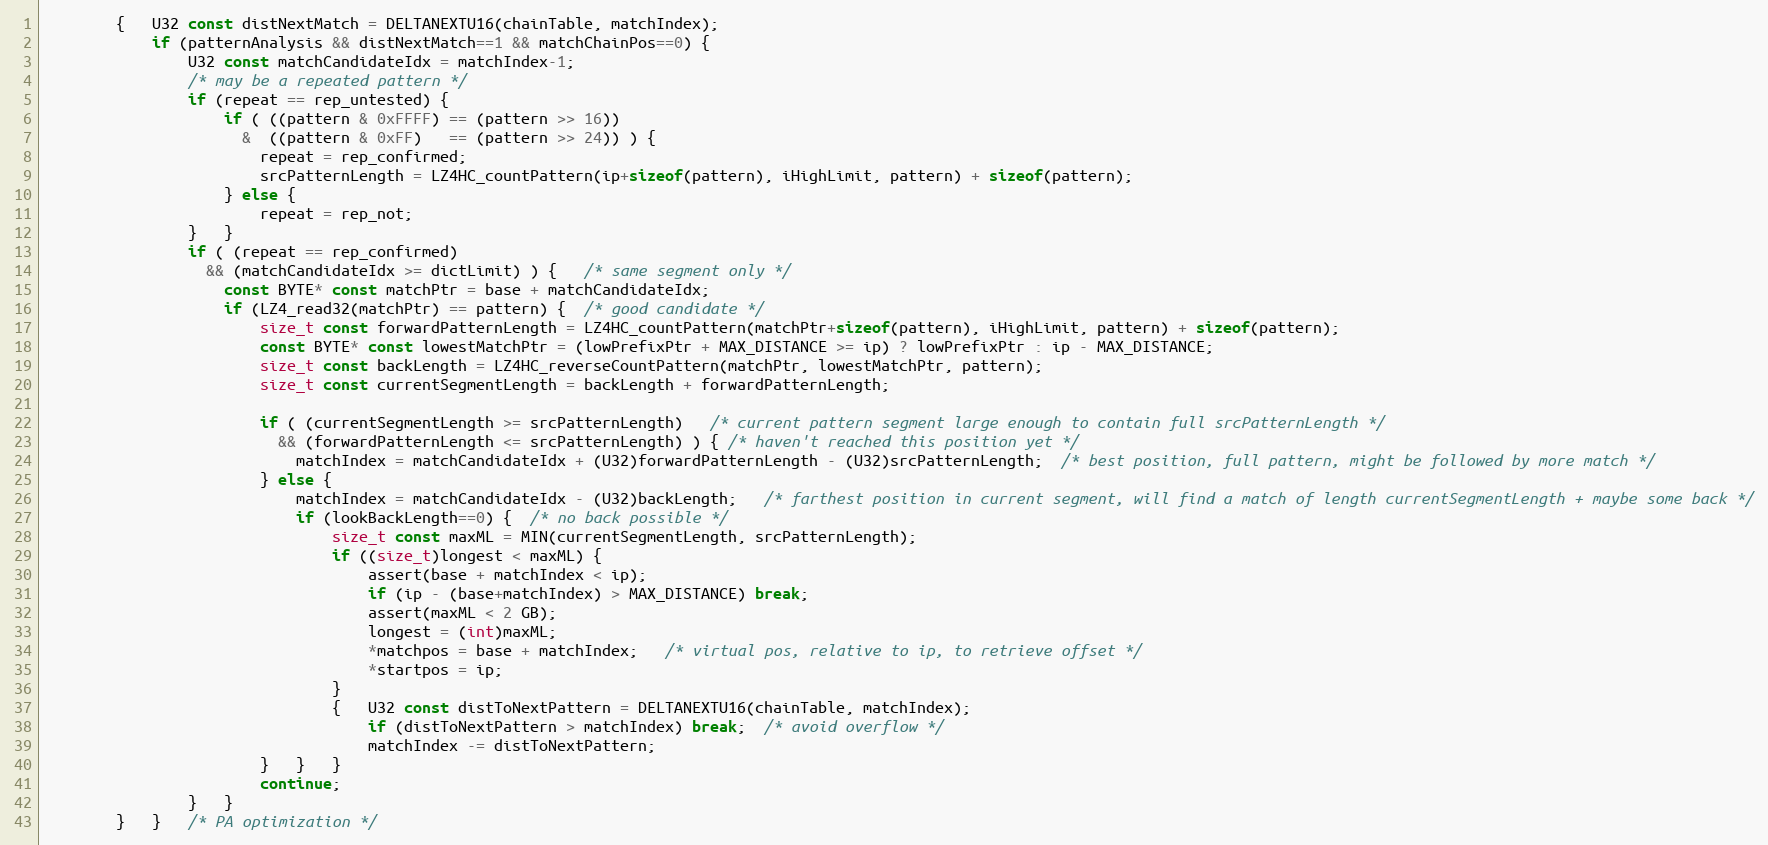
Language: C
        {   U32 const distNextMatch = DELTANEXTU16(chainTable, matchIndex);
            if (patternAnalysis && distNextMatch==1 && matchChainPos==0) {
                U32 const matchCandidateIdx = matchIndex-1;
                /* may be a repeated pattern */
                if (repeat == rep_untested) {
                    if ( ((pattern & 0xFFFF) == (pattern >> 16))
                      &  ((pattern & 0xFF)   == (pattern >> 24)) ) {
                        repeat = rep_confirmed;
                        srcPatternLength = LZ4HC_countPattern(ip+sizeof(pattern), iHighLimit, pattern) + sizeof(pattern);
                    } else {
                        repeat = rep_not;
                }   }
                if ( (repeat == rep_confirmed)
                  && (matchCandidateIdx >= dictLimit) ) {   /* same segment only */
                    const BYTE* const matchPtr = base + matchCandidateIdx;
                    if (LZ4_read32(matchPtr) == pattern) {  /* good candidate */
                        size_t const forwardPatternLength = LZ4HC_countPattern(matchPtr+sizeof(pattern), iHighLimit, pattern) + sizeof(pattern);
                        const BYTE* const lowestMatchPtr = (lowPrefixPtr + MAX_DISTANCE >= ip) ? lowPrefixPtr : ip - MAX_DISTANCE;
                        size_t const backLength = LZ4HC_reverseCountPattern(matchPtr, lowestMatchPtr, pattern);
                        size_t const currentSegmentLength = backLength + forwardPatternLength;

                        if ( (currentSegmentLength >= srcPatternLength)   /* current pattern segment large enough to contain full srcPatternLength */
                          && (forwardPatternLength <= srcPatternLength) ) { /* haven't reached this position yet */
                            matchIndex = matchCandidateIdx + (U32)forwardPatternLength - (U32)srcPatternLength;  /* best position, full pattern, might be followed by more match */
                        } else {
                            matchIndex = matchCandidateIdx - (U32)backLength;   /* farthest position in current segment, will find a match of length currentSegmentLength + maybe some back */
                            if (lookBackLength==0) {  /* no back possible */
                                size_t const maxML = MIN(currentSegmentLength, srcPatternLength);
                                if ((size_t)longest < maxML) {
                                    assert(base + matchIndex < ip);
                                    if (ip - (base+matchIndex) > MAX_DISTANCE) break;
                                    assert(maxML < 2 GB);
                                    longest = (int)maxML;
                                    *matchpos = base + matchIndex;   /* virtual pos, relative to ip, to retrieve offset */
                                    *startpos = ip;
                                }
                                {   U32 const distToNextPattern = DELTANEXTU16(chainTable, matchIndex);
                                    if (distToNextPattern > matchIndex) break;  /* avoid overflow */
                                    matchIndex -= distToNextPattern;
                        }   }   }
                        continue;
                }   }
        }   }   /* PA optimization */